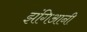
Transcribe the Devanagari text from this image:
झंगिआनी